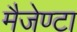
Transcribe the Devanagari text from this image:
मैजेण्टा